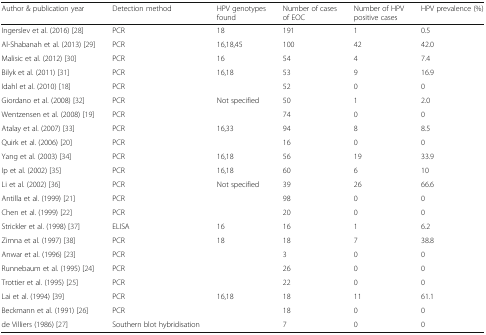
<table><thead><tr><td><b>Author &amp; publication year</b></td><td><b>Detection method</b></td><td><b>HPV genotypes found</b></td><td><b>Number of cases of EOC</b></td><td><b>Number of HPV positive cases</b></td><td><b>HPV prevalence (%)</b></td></tr></thead><tbody><tr><td>Ingerslev et al. (2016) [28]</td><td>PCR</td><td>18</td><td>191</td><td>1</td><td>0.5</td></tr><tr><td>Al-Shabanah et al. (2013) [29]</td><td>PCR</td><td>16,18,45</td><td>100</td><td>42</td><td>42.0</td></tr><tr><td>Malisic et al. (2012) [30]</td><td>PCR</td><td>16</td><td>54</td><td>4</td><td>7.4</td></tr><tr><td>Bilyk et al. (2011) [31]</td><td>PCR</td><td>16,18</td><td>53</td><td>9</td><td>16.9</td></tr><tr><td>Idahl et al. (2010) [18]</td><td>PCR</td><td></td><td>52</td><td>0</td><td>0</td></tr><tr><td>Giordano et al. (2008) [32]</td><td>PCR</td><td>Not specified</td><td>50</td><td>1</td><td>2.0</td></tr><tr><td>Wentzensen et al. (2008) [19]</td><td>PCR</td><td></td><td>74</td><td>0</td><td>0</td></tr><tr><td>Atalay et al. (2007) [33]</td><td>PCR</td><td>16,33</td><td>94</td><td>8</td><td>8.5</td></tr><tr><td>Quirk et al. (2006) [20]</td><td>PCR</td><td></td><td>16</td><td>0</td><td>0</td></tr><tr><td>Yang et al. (2003) [34]</td><td>PCR</td><td>16,18</td><td>56</td><td>19</td><td>33.9</td></tr><tr><td>Ip et al. (2002) [35]</td><td>PCR</td><td>16,18</td><td>60</td><td>6</td><td>10</td></tr><tr><td>Li et al. (2002) [36]</td><td>PCR</td><td>Not specified</td><td>39</td><td>26</td><td>66.6</td></tr><tr><td>Antilla et al. (1999) [21]</td><td>PCR</td><td></td><td>98</td><td>0</td><td>0</td></tr><tr><td>Chen et al. (1999) [22]</td><td>PCR</td><td></td><td>20</td><td>0</td><td>0</td></tr><tr><td>Strickler et al. (1998) [37]</td><td>ELISA</td><td>16</td><td>16</td><td>1</td><td>6.2</td></tr><tr><td>Zimna et al. (1997) [38]</td><td>PCR</td><td>18</td><td>18</td><td>7</td><td>38.8</td></tr><tr><td>Anwar et al. (1996) [23]</td><td>PCR</td><td></td><td>3</td><td>0</td><td>0</td></tr><tr><td>Runnebaum et al. (1995) [24]</td><td>PCR</td><td></td><td>26</td><td>0</td><td>0</td></tr><tr><td>Trottier et al. (1995) [25]</td><td>PCR</td><td></td><td>22</td><td>0</td><td>0</td></tr><tr><td>Lai et al. (1994) [39]</td><td>PCR</td><td>16,18</td><td>18</td><td>11</td><td>61.1</td></tr><tr><td>Beckmann et al. (1991) [26]</td><td>PCR</td><td></td><td>18</td><td>0</td><td>0</td></tr><tr><td>de Villiers (1986) [27]</td><td>Southern blot hybridisation</td><td></td><td>7</td><td>0</td><td>0</td></tr></tbody></table>